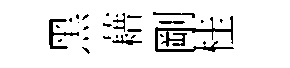
黑藉剛桂